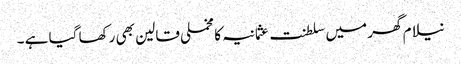
نیلام گھر میں سلطنت عثمانیہ کا مخملی قالین بھی رکھا گیا ہے ۔